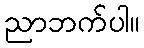
ညာဘက်ပါ။